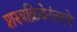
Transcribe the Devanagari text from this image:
शस्त्रक्रियेनंतरचे